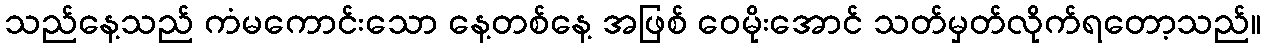
သည်နေ့သည် ကံမကောင်းသော နေ့တစ်နေ့ အဖြစ် ဝေမိုးအောင် သတ်မှတ်လိုက်ရတော့သည်။